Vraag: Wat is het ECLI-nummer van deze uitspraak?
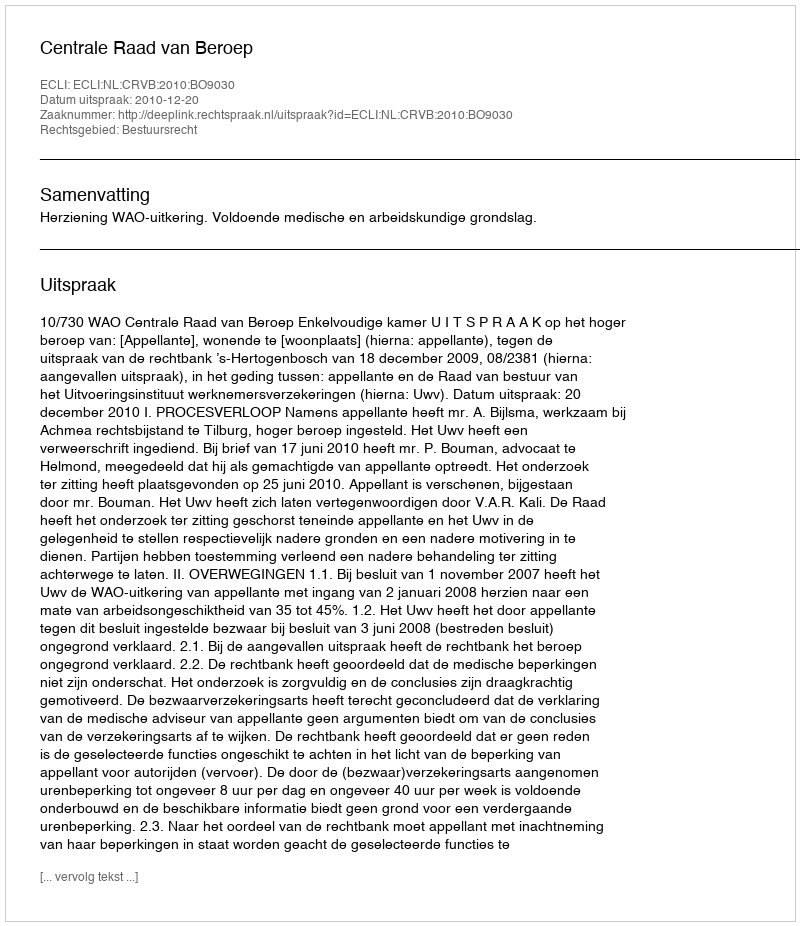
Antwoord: ECLI:NL:CRVB:2010:BO9030